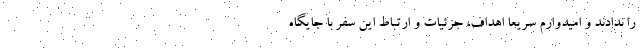
را ندادند و امیدوارم سریعا اهداف، جزئیات و ارتباط این سفر با جایگاه